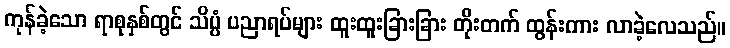
ကုန်ခဲ့သော ရာစုနှစ်တွင် သိပ္ပံ ပညာရပ်များ ထူးထူးခြားခြား တိုးတက် ထွန်းကား လာခဲ့လေသည်။